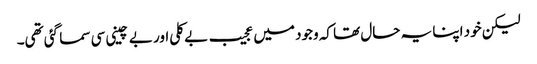
لیکن خود اپنا یہ حال تھا کہ وجود میں عجیب بے کلی اور بے چینی سی سما گئی تھی۔